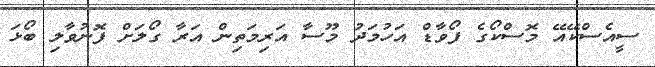
ސީއެސްކޭއޭ މޮސްކޯގެ ފޯވާޑް އަހުމަދު މޫސާ އަރިމަތިން އަރާ ގޯލަށް ފޮނުވާލި ބޯޅަ